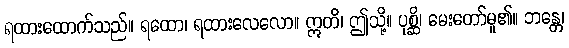
ရထားထောက်သည်။ ရထော၊ ရထားလေလော။ ဣတိ၊ ဤသို့။ ပုစ္ဆိ၊ မေးတော်မူ၏။ ဘန္တေ၊